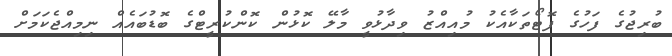
ބުރިޖުގެ ފަހުގެ ފޮޓޯތަކާއެކު މުއިއްޒު ވިދާޅުވީ މާލޭ ކޮޅުން ކޮންކުރީޓްގެ ބޮޑުބައެއް ނިމިއްޖެކަމަށް